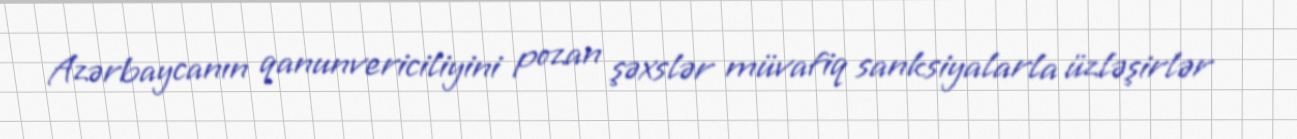
Azərbaycanın qanunvericiliyini pozan şəxslər müvafiq sanksiyalarla üzləşirlər